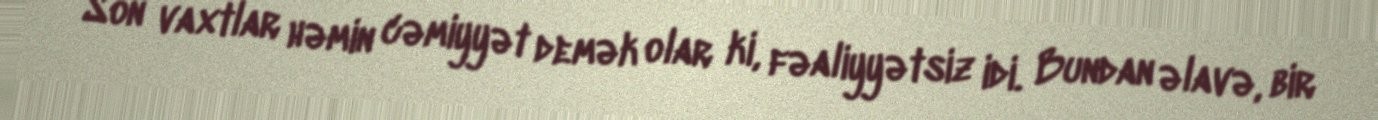
Son vaxtlar həmin cəmiyyət demək olar ki, fəaliyyətsiz idi. Bundan əlavə, bir